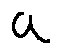
a